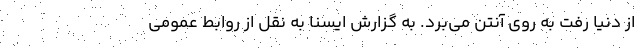
از دنیا رفت به روی آنتن می‌برد. به گزارش ایسنا به نقل از روابط عمومی